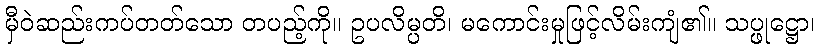
မှီဝဲဆည်းကပ်တတ်သော တပည့်ကို။ ဥပလိမ္ပတိ၊ မကောင်းမှုဖြင့်လိမ်းကျံ၏။ သပ္ဖုဋ္ဌော၊